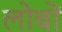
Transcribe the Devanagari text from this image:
लोबों